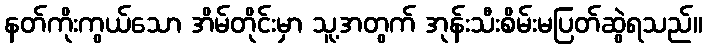
နတ်ကိုးကွယ်သော အိမ်တိုင်းမှာ သူ့အတွက် အုန်းသီးစိမ်းမပြတ်ဆွဲရသည်။